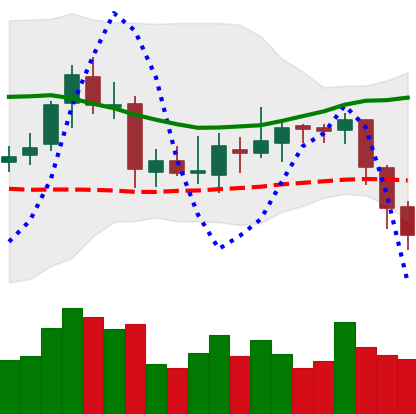
Ticker: ETC-USD
Chart end date: 2018-08-02
Forward return: 15.59%
Label: up_7plus